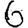
Digit: 6